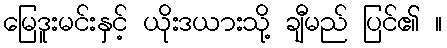
မြေဒူးမင်းနှင့် ယိုးဒယားသို့ ချီမည် ပြင်၏ ။